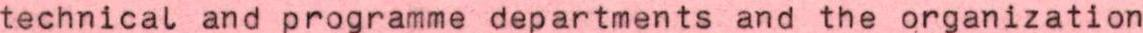
technical and programme departments and the organization